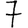
Digit: 7